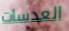
العدسات